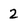
Character: 2